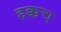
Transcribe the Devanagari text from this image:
हक्कच